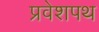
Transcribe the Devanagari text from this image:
प्रवेशपथ